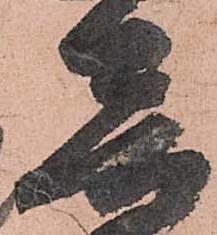
音